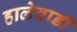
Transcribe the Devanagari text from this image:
हालेवाडी